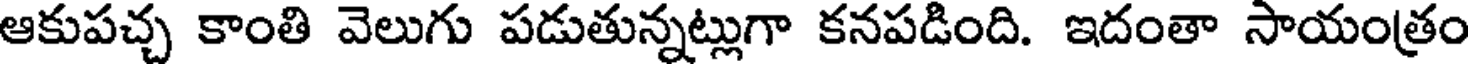
ఆకుపచ్చ కాంతి వెలుగు పడుతున్నట్లుగా కనపడింది. ఇదంతా సాయంత్రం